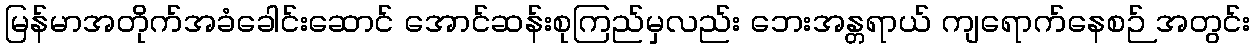
မြန်မာအတိုက်အခံခေါင်းဆောင် အောင်ဆန်းစုကြည်မှလည်း ဘေးအန္တရာယ် ကျရောက်နေစဉ် အတွင်း